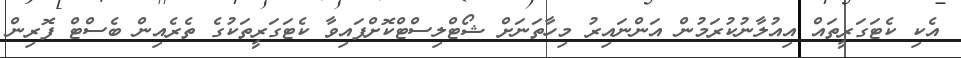
އެކި ކެޓަގަރީތައް އިއުލާނުކުރަމުން އަންނައިރު މިހާތަނަށް ޝޯޓްލިސްޓްކޮށްފައިވާ ކެޓަގަރީތަކުގެ ތެރެއިން ބެސްޓް ފޮރިން